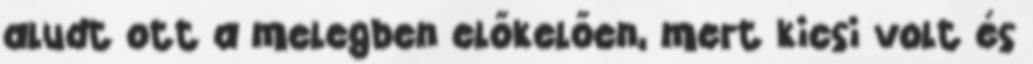
aludt ott a melegben előkelően, mert kicsi volt és